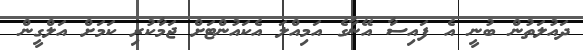
ދައުލަތުން ބުނީ އެ ފައިސާ އޭނާގެ އަމިއްލަ އެކައުންޓަށް ޖަމާކުރި ކަމަށް އަލްގީން